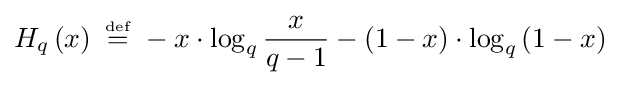
H_{q}\left(x\right)~{\overset {\underset {\mathrm {def} }{}}{=}}~-x\cdot \log _{q}{x \over {q-1}}-\left(1-x\right)\cdot \log _{q}{\left(1-x\right)}